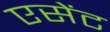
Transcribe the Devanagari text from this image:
एसेंट